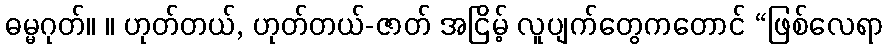
ဓမ္မဂုတ်။ ။ ဟုတ်တယ်, ဟုတ်တယ်-ဇာတ် အငြိမ့် လူပျက်တွေကတောင် “ဖြစ်လေရာ